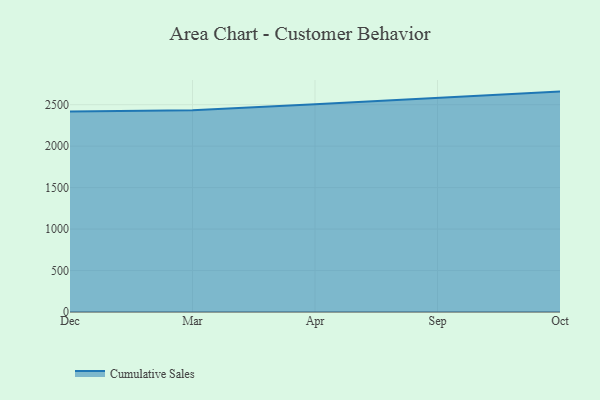
{"axis": {"x": "Month", "y": "Backlog"}, "legend": ["Cumulative Sales"], "data": [{"x": "Dec", "y": 2417.7, "type": "Cumulative Sales"}, {"x": "Mar", "y": 2432.9, "type": "Cumulative Sales"}, {"x": "Apr", "y": 2505.3, "type": "Cumulative Sales"}, {"x": "Sep", "y": 2579.7, "type": "Cumulative Sales"}, {"x": "Oct", "y": 2658.0, "type": "Cumulative Sales"}]}